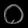
Digit: ၀